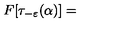
F [ \tau _ { - \varepsilon } ( \alpha ) ] =